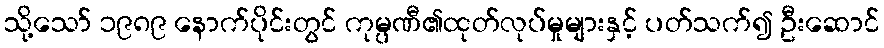
သို့သော် ၁၉၈၉ နောက်ပိုင်းတွင် ကုမ္ပဏီ၏ထုတ်လုပ်မှုများနှင့် ပတ်သက်၍ ဦးဆောင်